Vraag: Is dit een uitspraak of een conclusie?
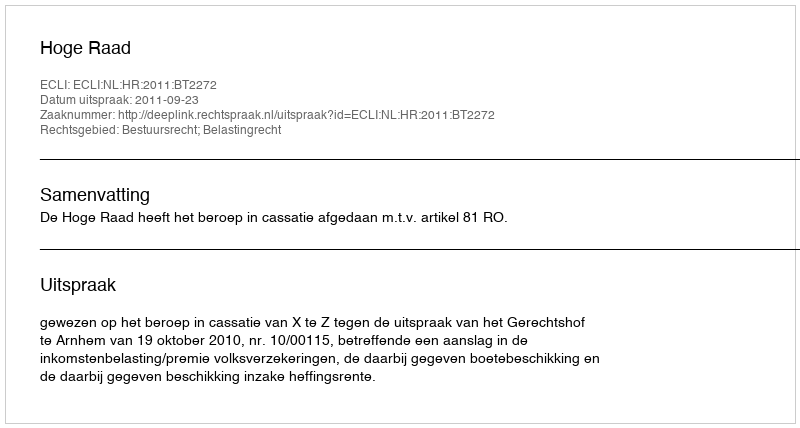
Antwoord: Uitspraak